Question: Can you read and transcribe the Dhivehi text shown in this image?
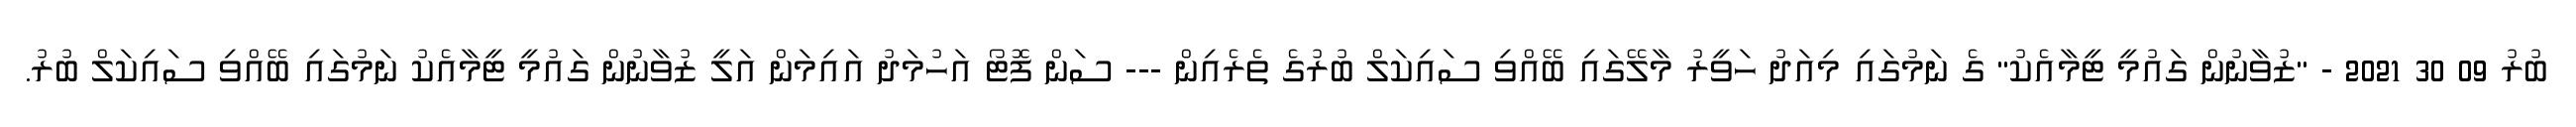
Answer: ބުރު 09 30 2021 - "ޒުވާނުން ގައުމީ ޓީމާއެކު" ގެ ނަމުގައި މިއަދު ހަވީރު މާލޭގައި ބޭއްވި ސައިކަލް ބުރުގެ ތެރެއިން --- ސަން ފޮޓޯ އަހުމަދު އައިމަން އަލީ ޒުވާނުން ގައުމީ ޓީމާއެކު ނަމުގައި ބޭއްވި ސައިކަލް ބުރު.